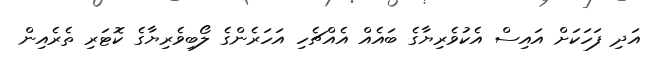
އަދި ފަހަކަށް އައިސް އެކުވެރިޔާގެ ބައެއް އެއްޗެހި އަހަރެންގެ ލޯބިވެރިޔާގެ ކޮޓަރި ތެރެއިން